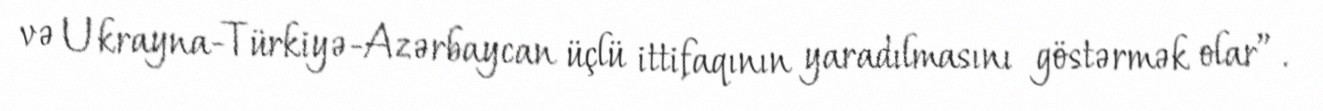
və Ukrayna-Türkiyə-Azərbaycan üçlü ittifaqının yaradılmasını göstərmək olar”.